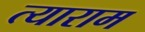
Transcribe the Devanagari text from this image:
त्याराम